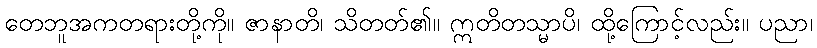
တေဘူအကတရားတို့ကို။ ဇာနာတိ၊ သိတတ်၏။ ဣတိတသ္မာပိ၊ ထို့ကြောင့်လည်း။ ပညာ၊